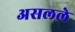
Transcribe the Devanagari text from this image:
असलले